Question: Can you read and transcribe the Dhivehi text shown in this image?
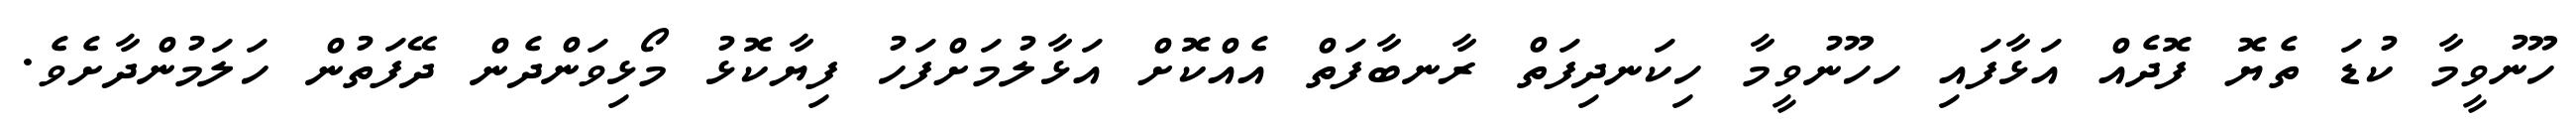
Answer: ހޫނުވީމާ ކުޑަ ތެޔޮ ފޮދެއް އަޅާފައި ހހޫނުވީމާ ހިކަނދިފަތް ރާނބާފަތް އެއްކޮށް އަޅާލުމަށްފަހު ފިޔާކޮޅު މޯޅިވަންދެން ދޭފަތުން ހަލަމުންދާށެވެ.